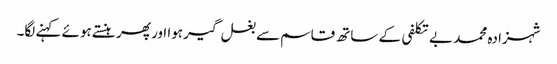
شہزادہ محمد بے تکلفی کے ساتھ قاسم سے بغل گیر ہوا ا ور پھر ہنستے ہوئے کہنے لگا۔